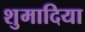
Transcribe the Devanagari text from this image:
शुमादिया